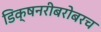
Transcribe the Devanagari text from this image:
डिक्षनरीबरोबरच